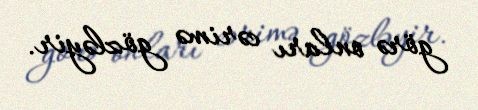
görə onları cərimə gözləyir.